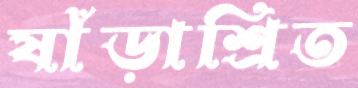
ষাঁড়াশ্রিত